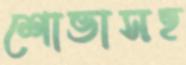
শোভাসহ